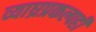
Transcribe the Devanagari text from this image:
व्याघ्रप्रकल्पही